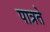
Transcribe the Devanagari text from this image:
पात्रते